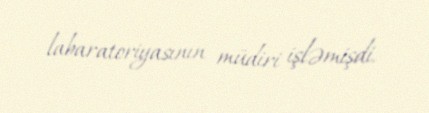
labaratoriyasının müdiri işləmişdi.